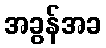
အခွန်အခ